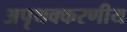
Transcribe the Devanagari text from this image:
अपृथक्करणीय